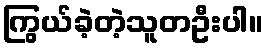
ကြွယ်ခဲ့တဲ့သူတဦးပါ။